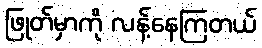
ဖြုတ်မှာကို လန့်နေကြတယ်